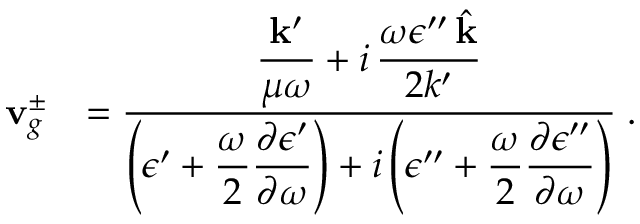
\begin{array} { r l } { { \bf v } _ { g } ^ { \pm } } & { = \frac { \displaystyle \frac { { \bf k } ^ { \prime } } { \mu \omega } + i \, \frac { \omega \epsilon ^ { \prime \prime } \, \hat { { \bf k } } } { 2 k ^ { \prime } } } { \displaystyle \left( \epsilon ^ { \prime } + \frac { \omega } { 2 } \frac { \partial \epsilon ^ { \prime } } { \partial \omega } \right) + i \left( \epsilon ^ { \prime \prime } + \frac { \omega } { 2 } \frac { \partial \epsilon ^ { \prime \prime } } { \partial \omega } \right) } \; . } \end{array}